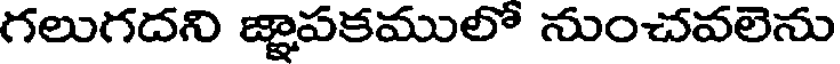
గలుగదని జ్ఞాపకములో నుంచవలెను